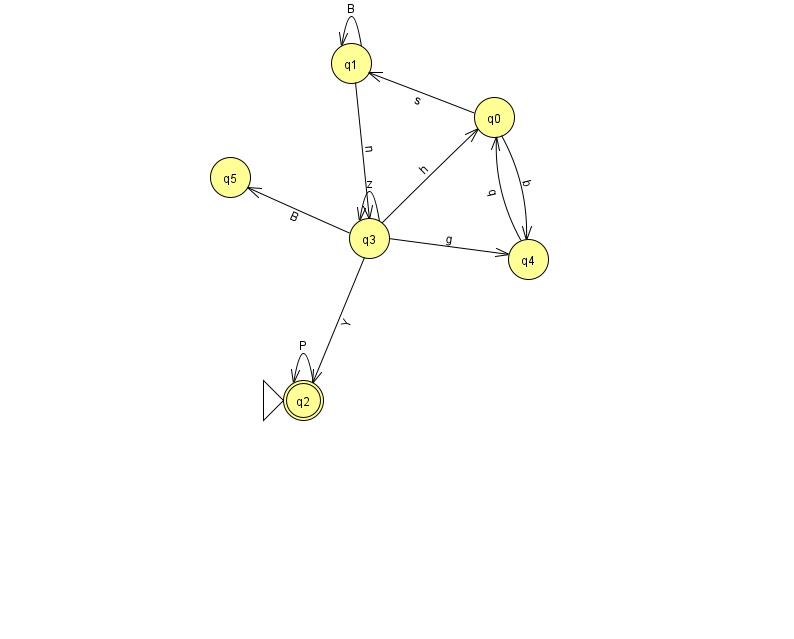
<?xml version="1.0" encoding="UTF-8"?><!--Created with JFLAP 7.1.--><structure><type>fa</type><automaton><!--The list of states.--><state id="0" name="q0"><x>494.0</x><y>104.0</y></state><state id="1" name="q1"><x>351.0</x><y>50.0</y></state><state id="2" name="q2"><x>303.0</x><y>387.0</y><initial/><final/></state><state id="3" name="q3"><x>369.0</x><y>225.0</y></state><state id="4" name="q4"><x>528.0</x><y>246.0</y></state><state id="5" name="q5"><x>230.0</x><y>164.0</y></state><!--The list of transitions.--><transition><from>0</from><to>4</to><read>b</read></transition><transition><from>2</from><to>2</to><read>P</read></transition><transition><from>3</from><to>2</to><read>Y</read></transition><transition><from>1</from><to>1</to><read>B</read></transition><transition><from>4</from><to>0</to><read>q</read></transition><transition><from>0</from><to>1</to><read>s</read></transition><transition><from>3</from><to>4</to><read>g</read></transition><transition><from>3</from><to>0</to><read>h</read></transition><transition><from>3</from><to>3</to><read>z</read></transition><transition><from>1</from><to>3</to><read>n</read></transition><transition><from>3</from><to>5</to><read>B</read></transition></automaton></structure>